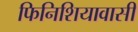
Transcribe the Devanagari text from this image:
फिनिशियावासी